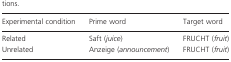
<table><thead><tr><td><b>Experimental condition</b></td><td><b>Prime word</b></td><td><b>Target word</b></td></tr></thead><tbody><tr><td>Related</td><td>Saft (<i>juice</i>)</td><td>FRUCHT (<i>fruit</i>)</td></tr><tr><td>Unrelated</td><td>Anzeige (<i>announcement</i>)</td><td>FRUCHT (<i>fruit</i>)</td></tr></tbody></table>